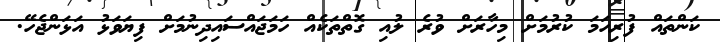
ކަންތައް ފުރިހަމަ ކުރުމަށް މިހާރަށް ވުރެ ލުއި ގޮތްތަކެއް ހަމަޖައްސައިދިނުމަށް ފިޔަވަޅު އަޅަންޖެހޭ.